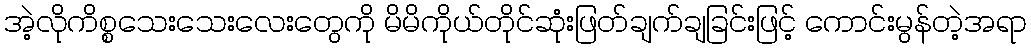
အဲ့လိုကိစ္စသေးသေးလေးတွေကို မိမိကိုယ်တိုင်ဆုံးဖြတ်ချက်ချခြင်းဖြင့် ကောင်းမွန်တဲ့အရာ